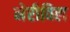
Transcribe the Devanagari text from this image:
मेरीविल